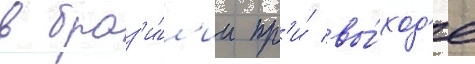
в браз'и́л'ии пр'и́ вы́ход'е